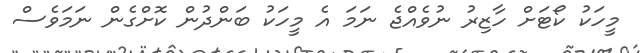
މީހަކު ކޯޓަށް ހާޒިރު ނުވެއްޖެ ނަމަ އެ މީހަކު ބަންދުން ކޮށްގެން ނަމަވެސް